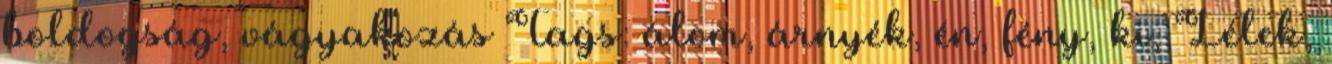
boldogság, vágyakozás Tags: álom, árnyék, én, fény, ki, Lélek,